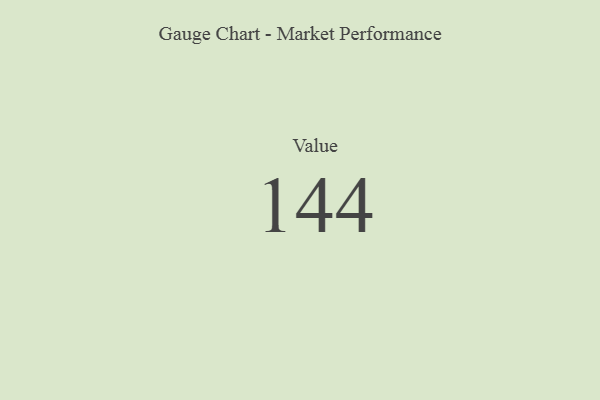
{"axis": {"x": "Metric", "y": "Value"}, "legend": [""], "data": [{"x": "Value", "y": 144, "type": ""}]}